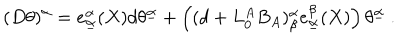
LaTeX: ( D \theta ) ^ { \alpha } = e _ { \underline { { \alpha } } } ^ { \alpha } ( X ) d \theta ^ { \underline { { \alpha } } } + \left( ( d + L _ { 0 } ^ { A } B _ { A } ) _ { \beta } ^ { \alpha } e _ { \underline { { \alpha } } } ^ { \beta } ( X ) \right) \theta ^ { \underline { { \alpha } } } \ .